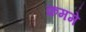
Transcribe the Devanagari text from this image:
क्रममे